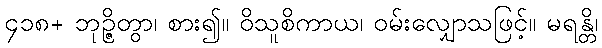
၄၁၈+ ဘုဉ္ဇိတွာ၊ စား၍။ ဝိသူစိကာယ၊ ဝမ်းလျှောသဖြင့်။ မရန္တိ၊